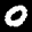
Label: 0